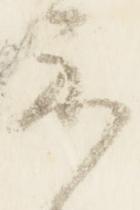
示